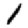
Digit: 1